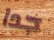
جدا